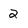
Character: 2